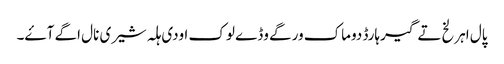
پال اہرلخ تے گیرہارڈ دوماک ورگے وڈے لوک اودی ہلہ شیری نال اگے آۓ۔